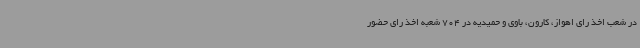
در شعب اخذ رای اهواز، کارون، باوی و حمیدیه در 704 شعبه اخذ رای حضور